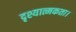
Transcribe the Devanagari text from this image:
दृश्यात्मकता।